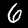
Label: 6